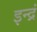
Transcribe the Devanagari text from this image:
इन्द्रं